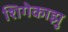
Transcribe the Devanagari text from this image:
शिगेकाझु